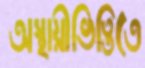
অস্থায়ীভিত্তিতে